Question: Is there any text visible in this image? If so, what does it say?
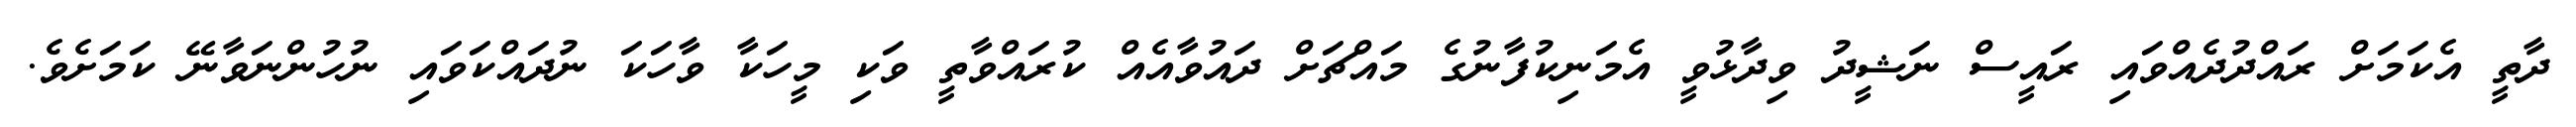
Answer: ދާތީ އެކަމަށް ރައްދުދެއްވައި ރައީސް ނަޝީދު ވިދާޅުވީ އެމަނިކުފާނުގެ މައްޗަށް ދައުވާއެއް ކުރައްވާތީ ވަކި މީހަކާ ވާހަކަ ނުދައްކަވައި ނުހުންނަވާނޭ ކަމަށެވެ.